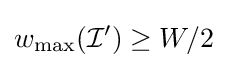
w_{\max }({\mathcal {I}}')\geq W/2